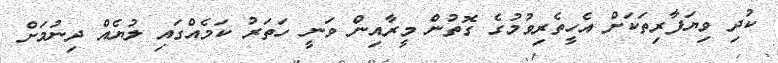
ކުދި ވިޔަފާރިތަކަށް އެހީތެރިވުމުގެ ގޮތުން މީރާއިން ވަނީ ހަތަރު ކަމެއްގައި ލުޔެއް ދިނުމަށް